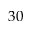
3 0